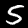
Digit: 5